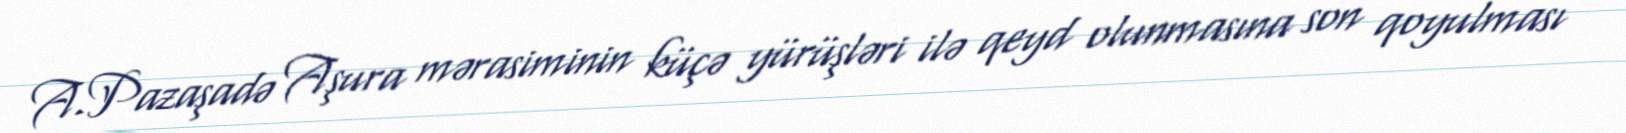
A.Pazaşadə Aşura mərasiminin küçə yürüşləri ilə qeyd olunmasına son qoyulması